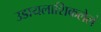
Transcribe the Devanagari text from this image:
उडायलाशिकलेलं